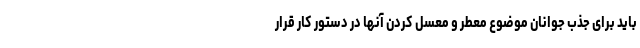
باید برای جذب جوانان موضوع معطر و معسل کردن آنها در دستور کار قرار